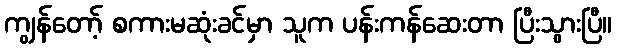
ကျွန်တော့် စကားမဆုံးခင်မှာ သူက ပန်းကန်ဆေးတာ ပြီးသွားပြီ။